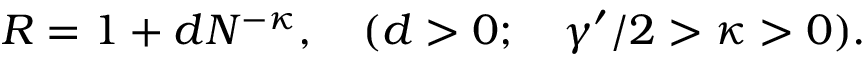
R = 1 + d N ^ { - \kappa } , \quad ( d > 0 ; \quad { \gamma ^ { \prime } } / 2 > \kappa > 0 ) .